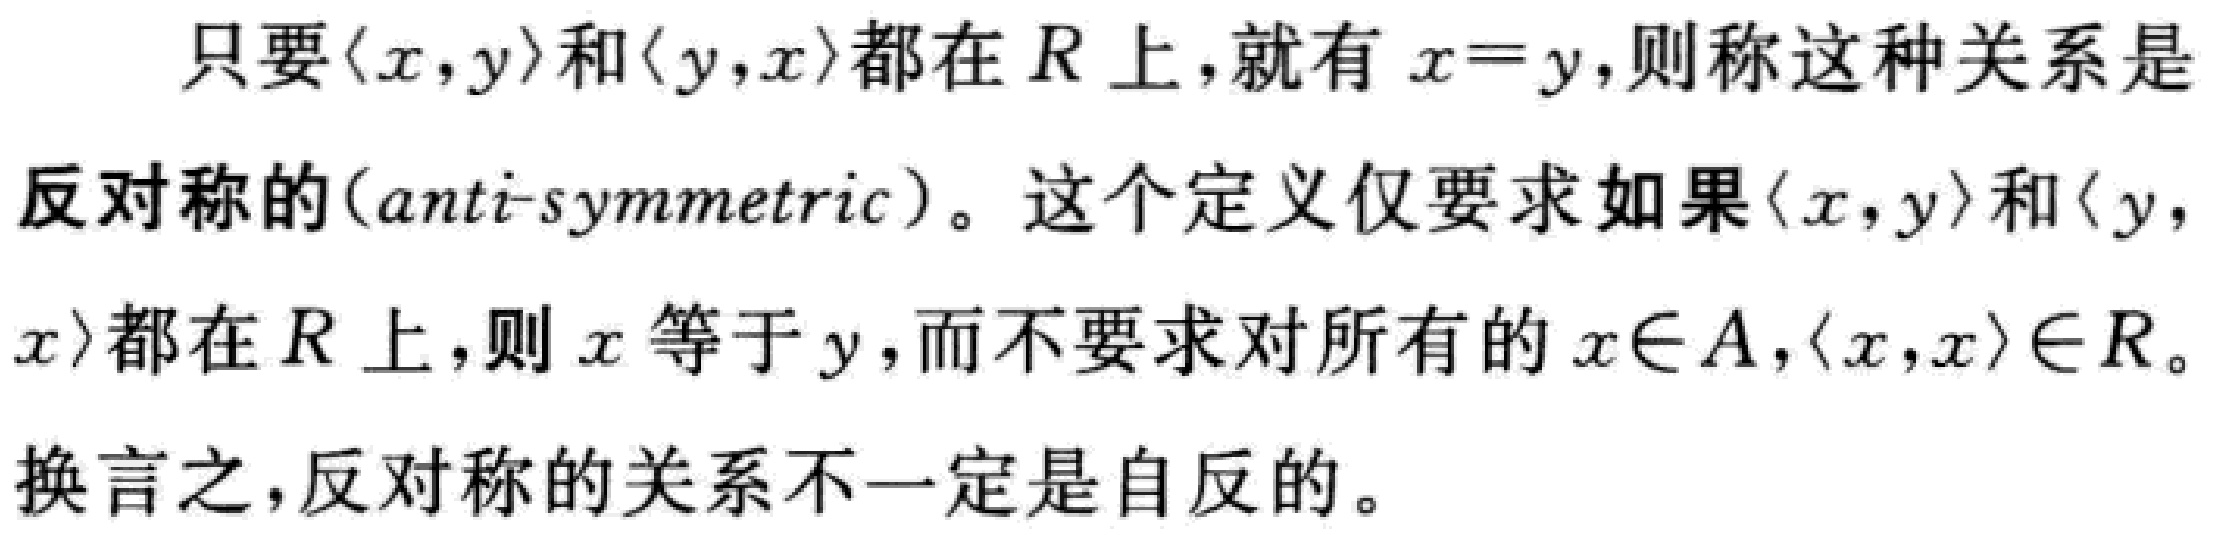
只要$\langle x,y\rangle$和$\langle y,x\rangle$都在$R$上，就有$x = y$，则称这种关系是反对称的(anti-symmetric)。这个定义仅要求如果$\langle x,y\rangle$和$\langle y,x\rangle$都在$R$上，则$x$等于$y$，而不要求对所有的$x\in A$，$\langle x,x\rangle\in R$。换言之，反对称的关系不一定是自反的。